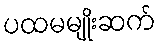
ပထမမျိုးဆက်